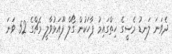
ދެވަނަ ލަނޑު މެސީގެ ހިތްގައިމު ޕާހަކުން ގޯލް ފޫއަޅުވާލީ މެޗްގެ 52 ވަނަ